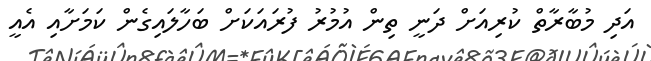
އަދި މުބާރާތް ކުރިއަށް ދަނީ ތިން އުމުރު ފުރައަކަށް ބަހާލައިގެން ކަމަށާއި އެއީ